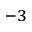
^ { - 3 }